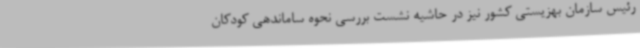
رئیس سازمان بهزیستی کشور نیز در حاشیه نشست بررسی نحوه ساماندهی کودکان